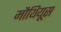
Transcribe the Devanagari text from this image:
मौथियूस